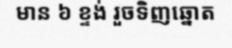
មាន ៦ ខ្ទង់ រួចទិញឆ្នោត